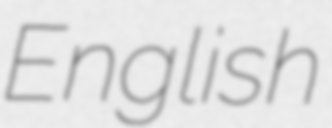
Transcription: English